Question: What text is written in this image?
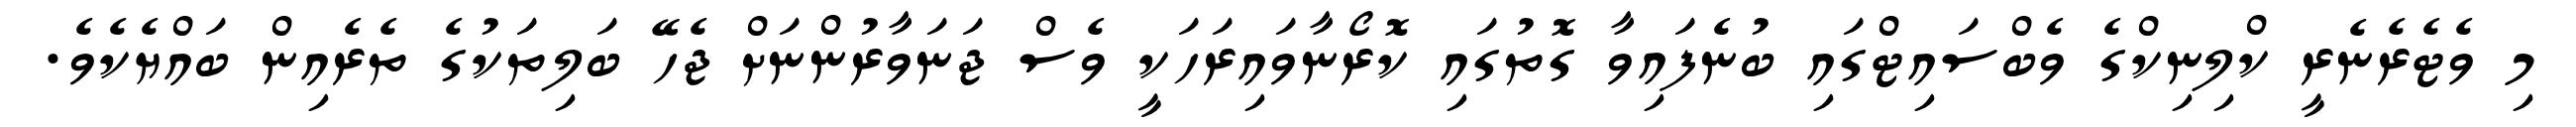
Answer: މި ވެޓެރެނެރީ ކްލިނިކްގެ ވެބްސައިޓްގައި ބުނެފައިވާ ގޮތުގައި ކޮރޯނާވައިރަހަކީ ވެސް ޖަނަވާރުންނަށް ޖެހޭ ބަލިތަކުގެ ތެރެއިން ބައްޔެކެވެ.